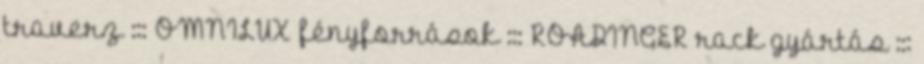
traverz ::: OMNILUX fényforrások ::: ROADINGER rack gyártás :::